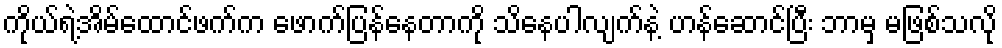
ကိုယ်ရဲ့အိမ်ထောင်ဖက်က ဖောက်ပြန်နေတာကို သိနေပါလျက်နဲ့ ဟန်ဆောင်ပြီး ဘာမှ မဖြစ်သလို